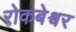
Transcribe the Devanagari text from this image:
रोकबेश्वर